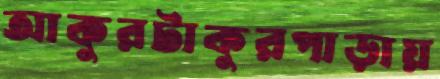
আকুরটাকুরপাড়ায়